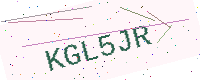
Text: KGL5JR